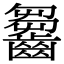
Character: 𪙗